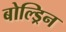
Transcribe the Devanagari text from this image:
बोल्ड्रिन